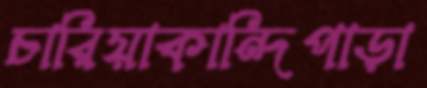
চারিয়াকান্দিপাড়া